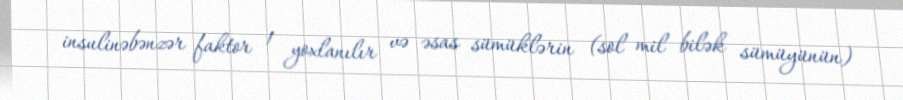
insulinəbənzər faktor 1 yoxlanılır və əsas sümüklərin (sol mil bilək sümüyünün)